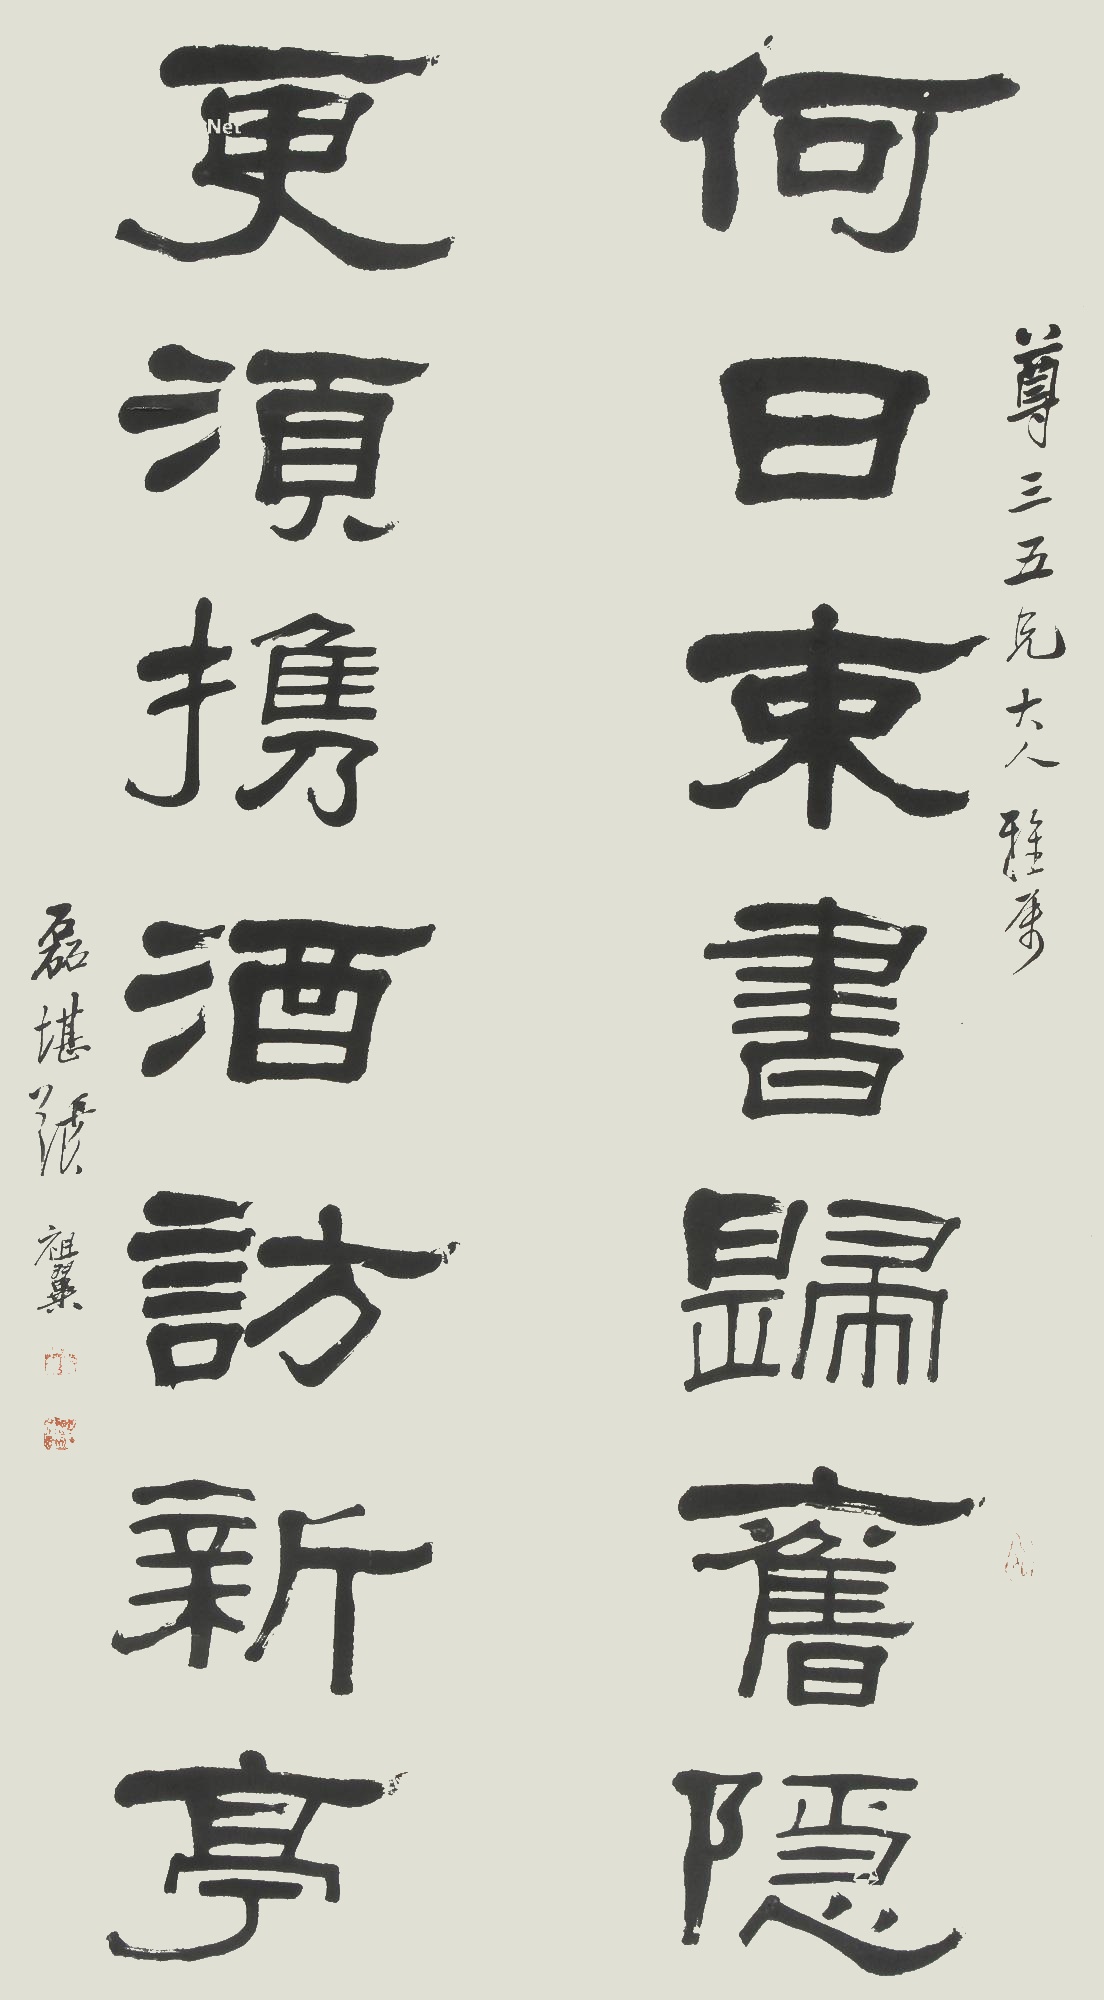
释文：何日束书归旧隐，更须携酒访新亭。尊三五兄大人雅属，磊堪张祖翼。